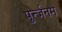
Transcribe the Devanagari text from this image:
पुर्न्जनम